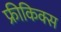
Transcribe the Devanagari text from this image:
फ्रीकिक्स